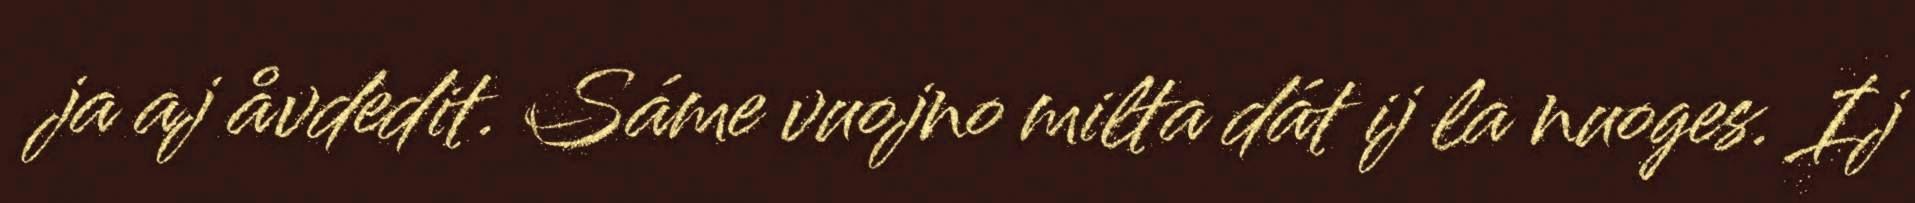
ja aj åvdedit. Sáme vuojno milta dát ij la nuoges. Ij